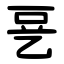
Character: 㐙